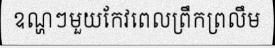
ឧណ្ហៗមួយកែវពេលព្រឹកព្រលឹម